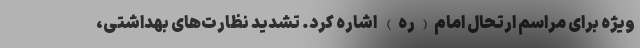
ویژه برای مراسم ارتحال امام(ره) اشاره کرد. تشدید نظارت‌های بهداشتی،